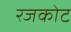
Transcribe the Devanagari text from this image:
रजकोट